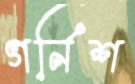
গর্নিশ